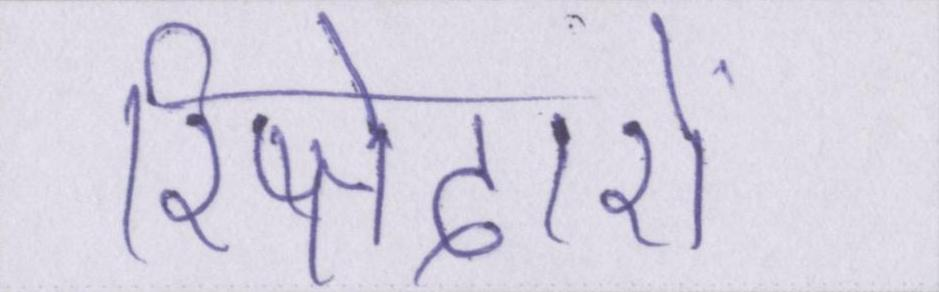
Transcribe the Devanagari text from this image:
रिष्तेदारों